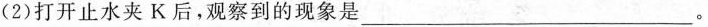
(2)打开止水夹K后，观察到的现象是___。